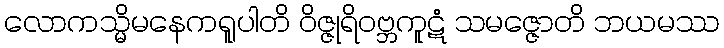
လောကသ္မိမနေကရူပါတိ ဝိဇ္ဇုရိဝဗ္ဘကူဋံ သမဇ္ဇောတိ ဘယမဿ